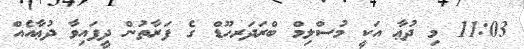
11:03 މި ދުޢާ އަކީ މުސްލިމް ބްރަދަރހޫޑް ގެ ފަރާތުން ދީފައިވާ ދުޢާއެއް